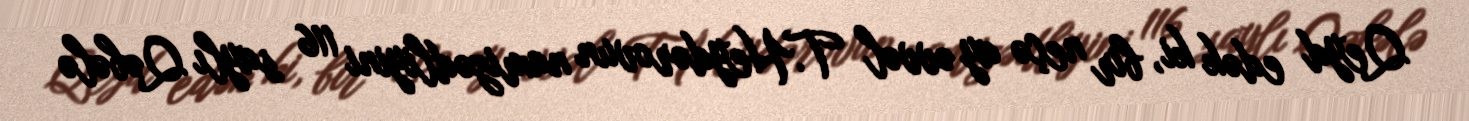
Qeyd edək ki, bir neçə ay əvvəl T.Heydərovun namizədliyini 116 saylı Qəbələ